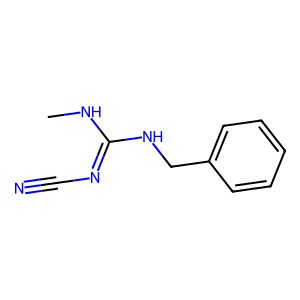
SMILES: CNC(=NC#N)NCc1ccccc1
Inhibits HIV replication: No